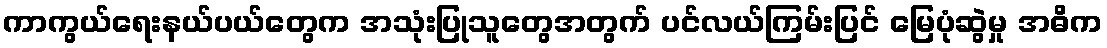
ကာကွယ်ရေးနယ်ပယ်တွေက အသုံးပြုသူတွေအတွက် ပင်လယ်ကြမ်းပြင် မြေပုံဆွဲမှု အဓိက